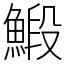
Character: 𩹨